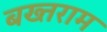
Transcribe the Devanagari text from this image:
बख्तराम